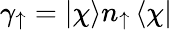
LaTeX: \gamma_{\uparrow}=\left|\chi\right>n_{\uparrow}\left<\chi\right|